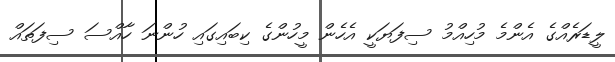
ލީޑަރެއްގެ އެންމެ މުހިއްމު ސިފަޔަކީ އެހެން މީހުންގެ ކިބައިގައި ހުންނަ ހާއްސަ ސިފަތައް